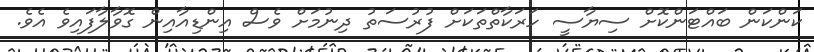
ކަންކަން ބައްޓަންކޮށް ސިޔާސީ ހަރަކާތްތަކަށް ފުރުސަތު ދިނުމަށް ވެސް އިންޑިއާއިން ގޮވާލާފައިވެ އެވެ.